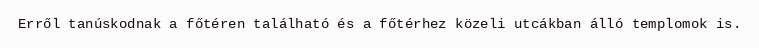
Erről tanúskodnak a főtéren található és a főtérhez közeli utcákban álló templomok is.